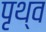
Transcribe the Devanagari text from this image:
पृथ्व